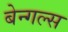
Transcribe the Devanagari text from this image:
बेन्गल्स